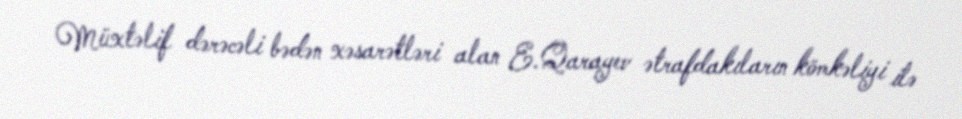
Müxtəlif dərəcəli bədən xəsarətləri alan E.Qarayev ətrafdakıların kömkəliyi ilə